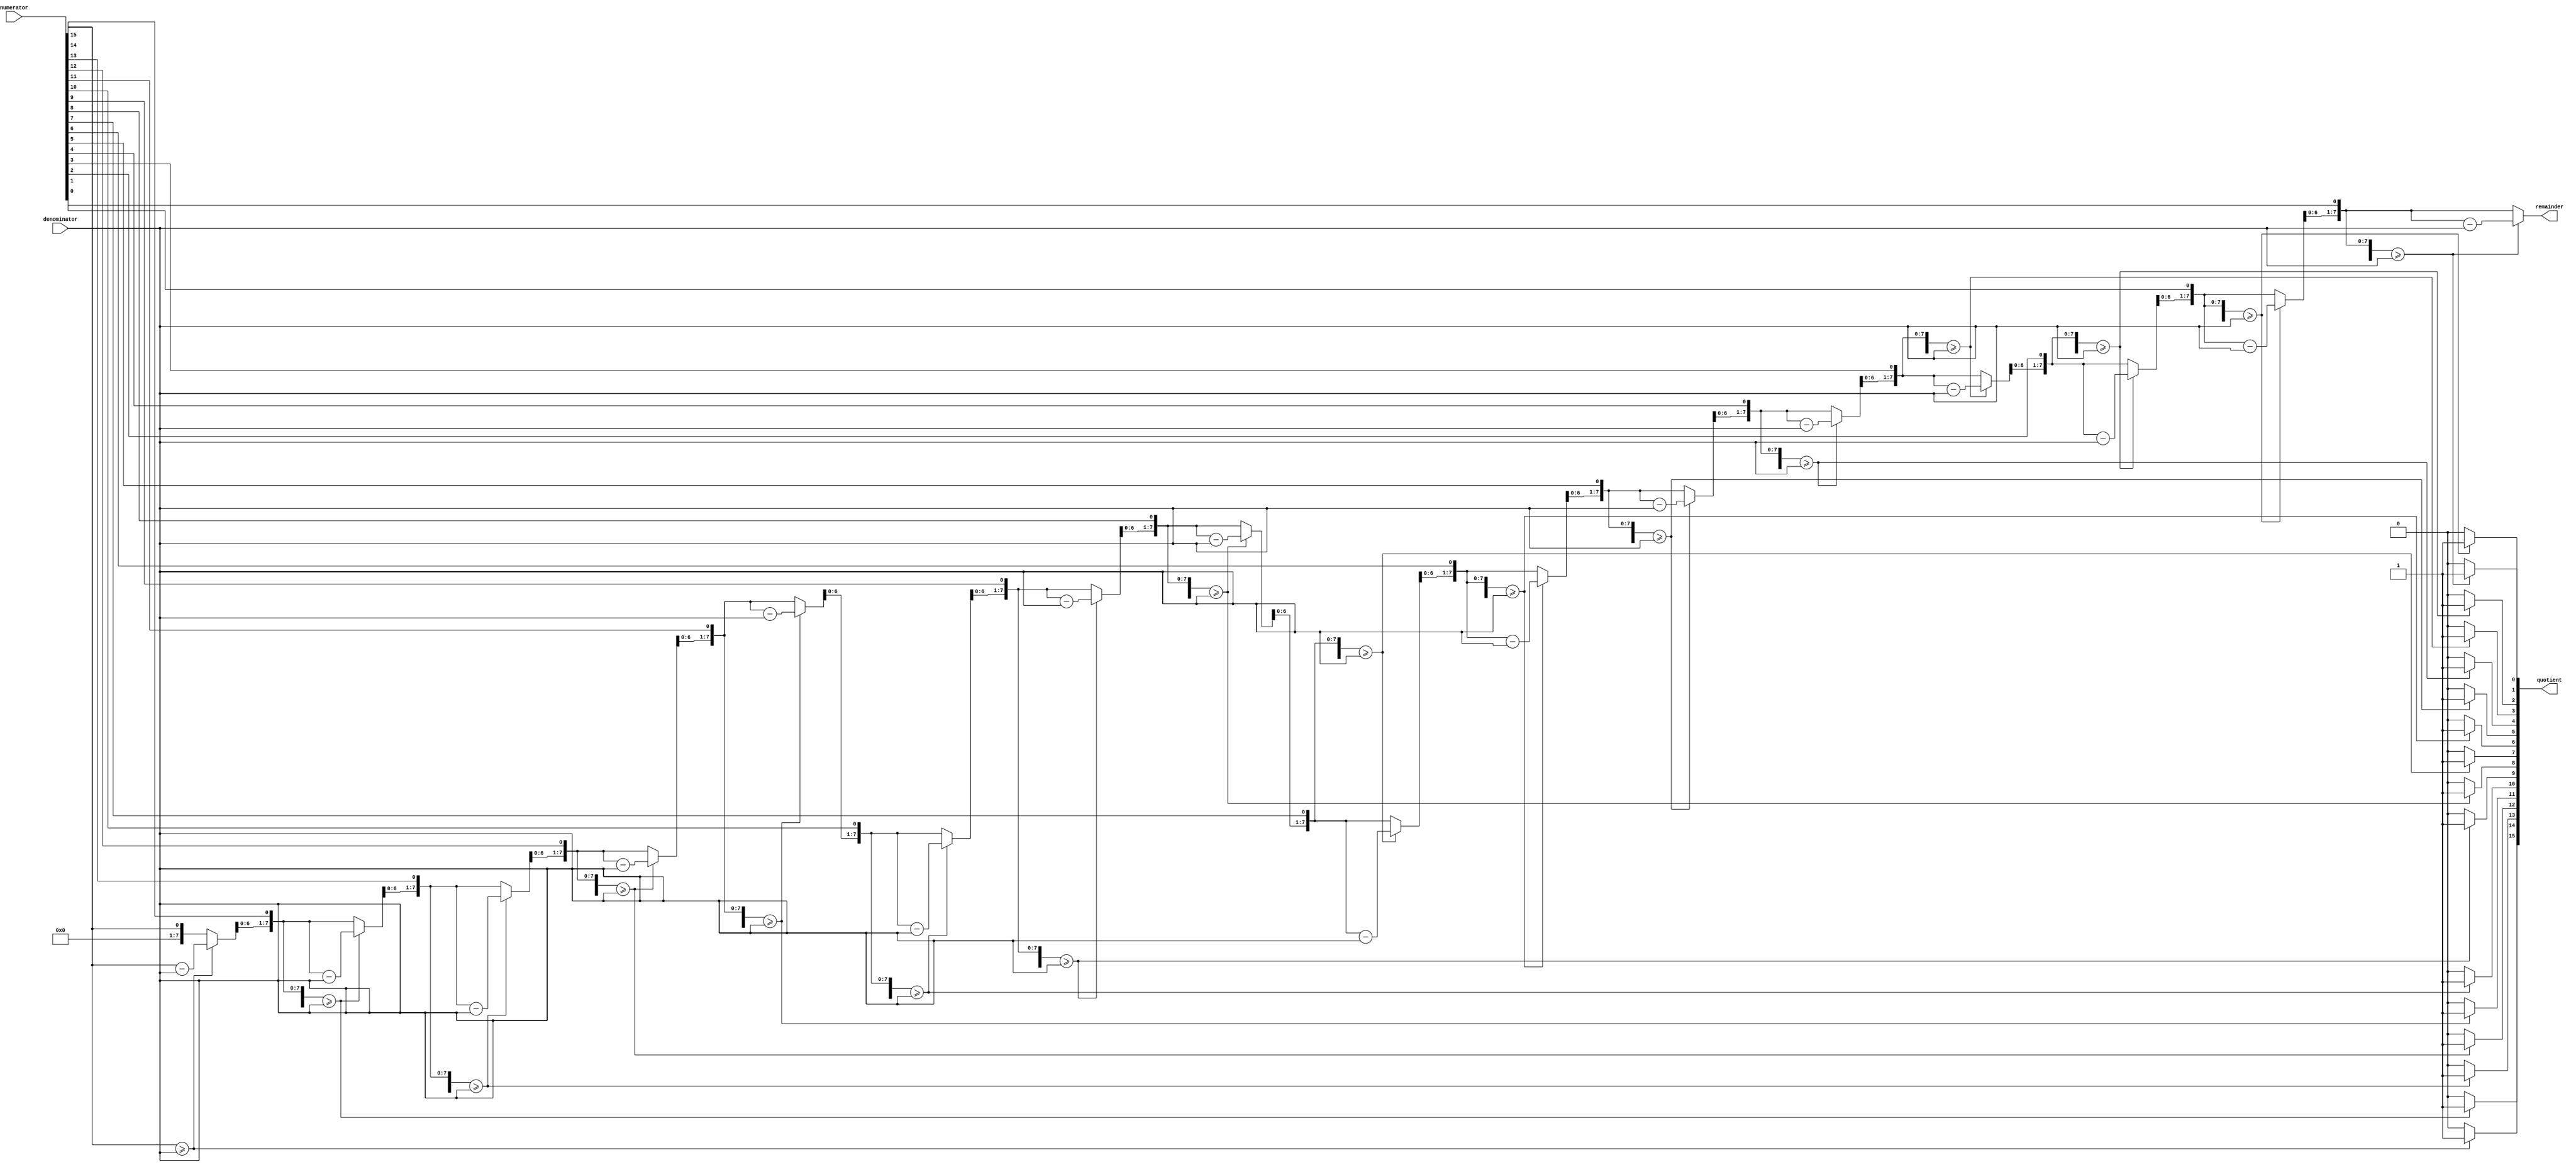
module div16_8(
    input [15:0] numerator,
    input [7:0] denominator,
    output [15:0] quotient,
    output [7:0] remainder
    );
    wire[15:0] numerator;
        wire[7:0] denominator;
        reg[15:0]  quotient;
        reg [7:0]  remainder;
        reg[7:0] remH;
         reg[7:0] remL;
          reg[7:0] quotH;
           reg[7:0] quotL;
           always@(*)
             begin
              div16_8({1'b0,numerator[15:8]},denominator,quotH,remH);
              div16_8({remH,numerator[7:0]},denominator,quotL,remL);
              quotient[15:8]=quotH;
              quotient[7:0]=quotL;
              remainder=remL;
              end
              task div16_8(
              input[15:0] numer,
              input[7:0] denom,
              output[7:0] quot,
              output[7:0] rem);
              begin : D8
              reg[8:0] d;
              reg[8:0] n1;
              reg[7:0] n2;
              d={1'b0,denom};
              n2=numer[7:0];
              n1={1'b0,numer[15:8]};
              repeat(8)
              begin
               n1={n1[7:0],n2[7]};
               n2={n2[6:0],1'b0};
               if(n1>=d)
               begin
               n1=n1-d;
               n2[0]=1;
               end
               end
               quot=n2;
               rem=n1[7:0];
               end
               endtask
endmodule